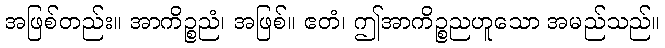
အဖြစ်တည်း။ အာကိဉ္စညံ၊ အဖြစ်။ ဧတံ၊ ဤအာကိဉ္စညဟူသော အမည်သည်။